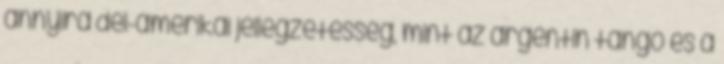
annyira dél-amerikai jellegzetesség, mint az argentin tangó és a